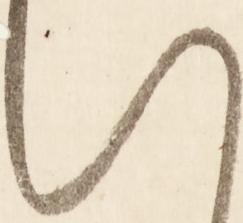
い